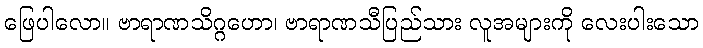
ဖြေပါလော။ ဗာရာဏသိဂ္ဂဟော၊ ဗာရာဏသီပြည်သား လူအများကို လေးပါးသော